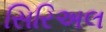
સિરિઅલ